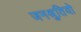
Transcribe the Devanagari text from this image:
जनश्रुतियो